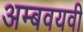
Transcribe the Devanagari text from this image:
अम्बवयवी